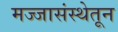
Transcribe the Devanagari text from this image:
मज्जासंस्थेतून